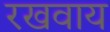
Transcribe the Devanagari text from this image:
रखवाय